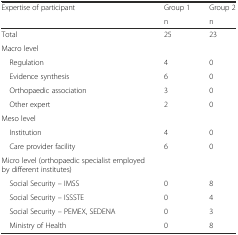
| <ROWSPAN=2> Expertise of participant | Group 1 | Group 2 |
 | n | n |
 | --- | --- | --- |
 | Total | 25 | 23 |
 | Macro level |  |  |
 | Regulation | 4 | 0 |
 | Evidence synthesis | 6 | 0 |
 | Orthopaedic association | 3 | 0 |
 | Other expert | 2 | 0 |
 | Meso level |  |  |
 | Institution | 4 | 0 |
 | Care provider facility | 6 | 0 |
 | Micro level (orthopaedic specialist employed by different institutes) |  |  |
 | Social Security – IMSS | 0 | 8 |
 | Social Security – ISSSTE | 0 | 4 |
 | Social Security – PEMEX, SEDENA | 0 | 3 |
 | Ministry of Health | 0 | 8 |